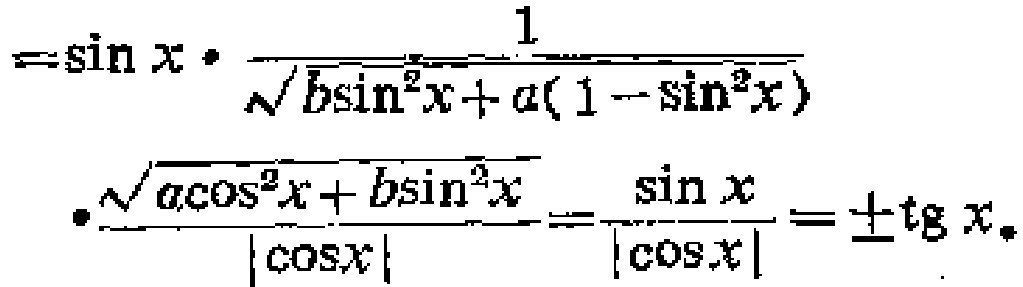
\[

=\sin x\cdot\frac{1}{\sqrt{b\sin^{2}x + a(1 - \sin^{2}x)}}\cdot\frac{\sqrt{a\cos^{2}x + b\sin^{2}x}}{\vert\cos x\vert}=\frac{\sin x}{\vert\cos x\vert}=\pm\operatorname{tg}x。

\]